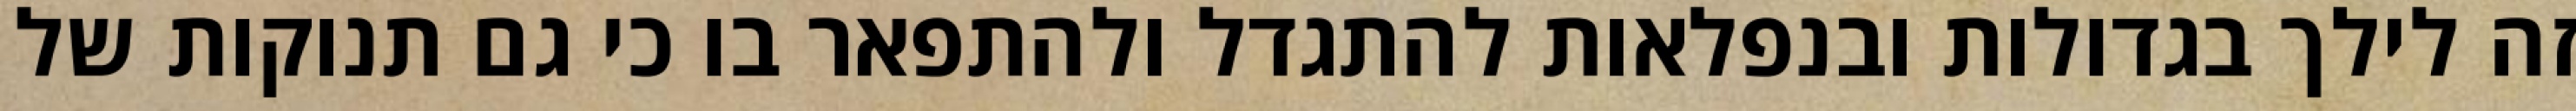
זה לילך בגדולות ובנפלאות להתגדל ולהתפאר בו כי גם תנוקות של